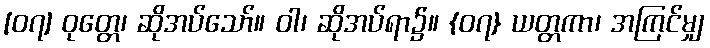
[၀၇] ဝုတ္တေ၊ ဆိုအပ်သော်။ ဝါ၊ ဆိုအပ်ရာ၌။ {၀၇} ယတ္တကာ၊ အကြင်မျှ